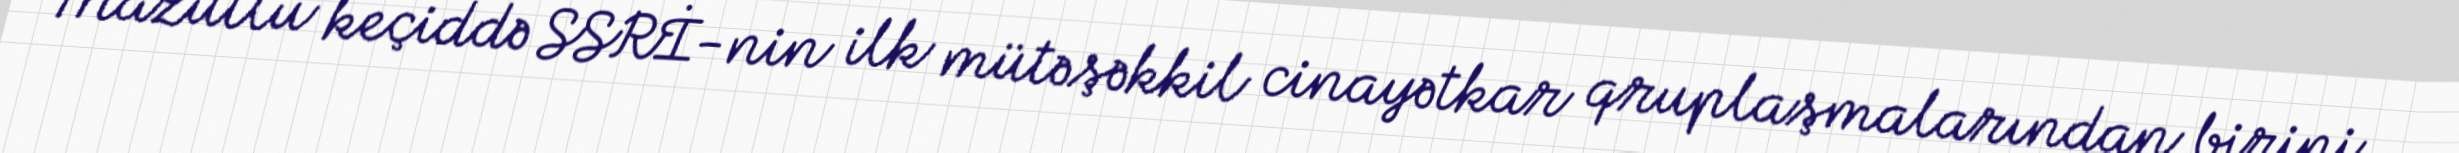
Mazutlu keçiddə SSRİ-nin ilk mütəşəkkil cinayətkar qruplaşmalarından birini